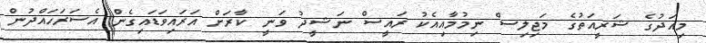
މިއަދުގެ ޝަރީއަތުގެ މަޖިލިސް ނިމުމާއިއެކު ރައީސް ނަޝީދު ވަނީ ކާރަށް އަރައިވަޑައިގެން އެސަރަހައްދުން